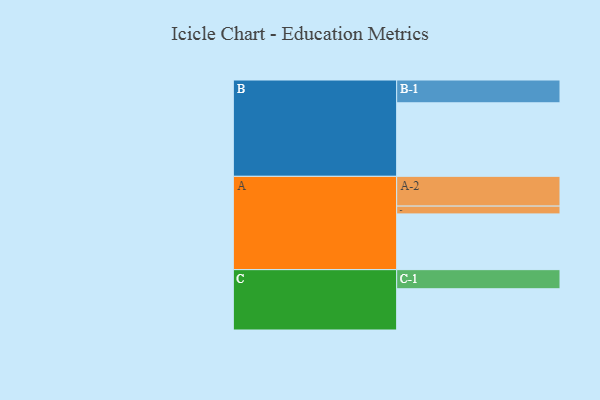
{"axis": {"x": "Segment", "y": "Value"}, "legend": ["", "A", "B", "C"], "data": [{"x": "A", "y": 423, "type": ""}, {"x": "B", "y": 558, "type": ""}, {"x": "C", "y": 313, "type": ""}, {"x": "A-1", "y": 59, "type": "A"}, {"x": "A-2", "y": 226, "type": "A"}, {"x": "B-1", "y": 173, "type": "B"}, {"x": "C-1", "y": 145, "type": "C"}]}